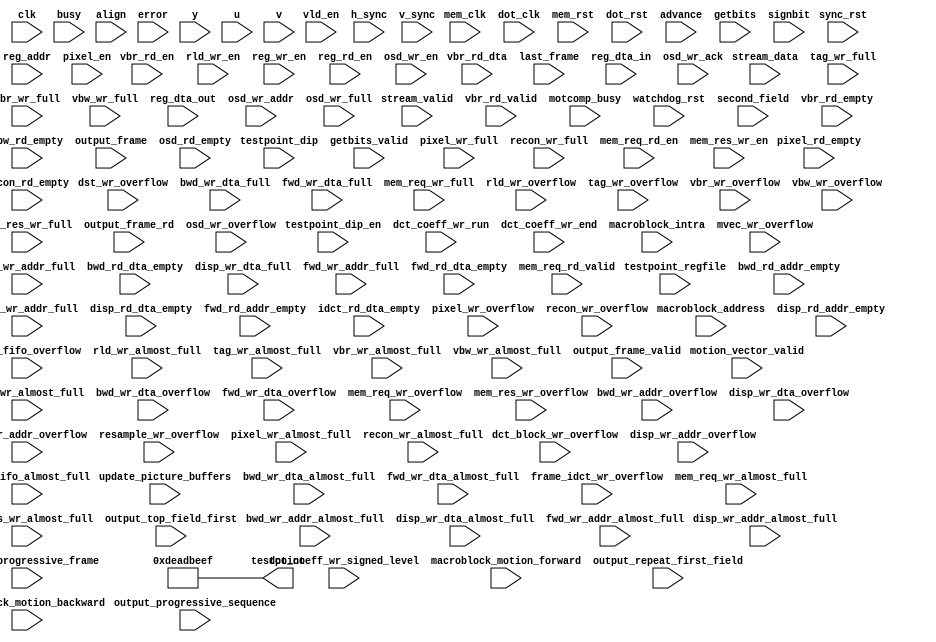
module probe(clk, mem_clk, dot_clk, 
             sync_rst, mem_rst, dot_rst, 
             testpoint_dip, testpoint_dip_en , testpoint_regfile, testpoint,
             stream_data, stream_valid, busy,
             vbr_rd_dta, vbr_rd_en, vbr_rd_valid, advance, align,
             getbits, signbit, getbits_valid,
             dct_coeff_wr_run, dct_coeff_wr_signed_level, dct_coeff_wr_end, rld_wr_en,
             vld_en, motcomp_busy, error, watchdog_rst,
             macroblock_address, macroblock_motion_forward, macroblock_motion_backward, 
	     macroblock_intra, second_field, update_picture_buffers, last_frame, motion_vector_valid,
             /* fifo's @ clk */
	     mvec_wr_almost_full, mvec_wr_overflow, dst_wr_overflow, dct_block_wr_overflow,
             bwd_wr_addr_almost_full, bwd_wr_addr_full, bwd_wr_addr_overflow, bwd_rd_addr_empty, bwd_wr_dta_almost_full, bwd_wr_dta_full, bwd_wr_dta_overflow,
             bwd_rd_dta_empty,
             disp_wr_addr_almost_full, disp_wr_addr_full, disp_wr_addr_overflow, disp_rd_addr_empty, disp_wr_dta_almost_full, disp_wr_dta_full, disp_wr_dta_overflow,
             disp_rd_dta_empty,
             fwd_wr_addr_almost_full, fwd_wr_addr_full, fwd_wr_addr_overflow, fwd_rd_addr_empty, fwd_wr_dta_almost_full, fwd_wr_dta_full, fwd_wr_dta_overflow,
             fwd_rd_dta_empty,
             idct_fifo_almost_full, idct_fifo_overflow, idct_rd_dta_empty, frame_idct_wr_overflow,
             mem_req_wr_almost_full, mem_req_wr_full, mem_req_wr_overflow,
             resample_wr_overflow,
             pixel_wr_almost_full, pixel_wr_full, pixel_wr_overflow, pixel_rd_empty,
             recon_wr_almost_full, recon_wr_full, recon_wr_overflow, recon_rd_empty,
             rld_wr_almost_full, rld_wr_overflow,
             tag_wr_almost_full, tag_wr_full, tag_wr_overflow,
             vbr_wr_almost_full, vbr_wr_full, vbr_wr_overflow, vbr_rd_empty, vbw_wr_almost_full, vbw_wr_full, vbw_wr_overflow,
             vbw_rd_empty,
             /* fifo's @ mem_clk */
             mem_req_rd_en, mem_req_rd_valid,
             mem_res_wr_en, mem_res_wr_almost_full, mem_res_wr_full, mem_res_wr_overflow,
             /* register file */
             reg_addr, reg_wr_en, reg_dta_in, reg_rd_en, reg_dta_out,
             /* output frame */
             output_frame, output_frame_valid, output_frame_rd, 
             output_progressive_sequence, output_progressive_frame, output_top_field_first, output_repeat_first_field,
	     /* osd writes */
	     osd_wr_en, osd_wr_ack, osd_wr_addr, osd_wr_full, osd_wr_overflow, osd_rd_empty,
             /* video out */
             y, u, v, pixel_en, h_sync, v_sync
	     );

  input            clk;                     // clock. Typically a multiple of 27 Mhz as MPEG2 timestamps have a 27 Mhz resolution.
  input            mem_clk;                 // memory clock. Typically 133-166 MHz.
  input            dot_clk;                 // video clock. Typically between 25 and 75 Mhz, depending upon MPEG2 resolution and frame rate.

  /* reset signals */
  input            sync_rst;                // reset, synchronized to clk
  input            mem_rst;                 // reset, synchronized to mem_clk
  input            dot_rst;                 // reset, synchronized to dot_clk

  /* logical analyzer test point */
  output     [33:0]testpoint;               // to logic analyzer probe
  input       [3:0]testpoint_regfile;       // from register file; test point select.
  input       [3:0]testpoint_dip;           // from from on-board dipswitches
  input            testpoint_dip_en;        // from from on-board dipswitches. If high, testpoint_dip overrides testpoint_regfile

  /* MPEG stream input */
  input       [7:0]stream_data;              // packetized elementary stream input
  input            stream_valid;             // stream_data valid
  input            busy;                     // input fifo almost full

  /* vbr fifo - getbits fifo interface */
  input      [63:0]vbr_rd_dta;
  input            vbr_rd_en;
  input            vbr_rd_valid;

  /* getbits_fifo - vld interface */
  input       [4:0]advance;                  // number of bits to advance the bitstream (advance <= 24)   
  input            align;                    // byte-align getbits and move forward one byte.
  input      [23:0]getbits;                  // elementary stream data. 
  input            signbit;                  // sign bit, used when decoding dct variable length codes.
  input            getbits_valid;            // getbits_valid is asserted when getbits is valid.

  /* vld */
  input            vld_en;
  input            error;
  input            motcomp_busy;

  /* watchdog */
  input            watchdog_rst;             // watchdog-generated reset signal. normally high; low during one clock cycle when watchdog timer expires.

  /* rld - vld interface */
  input       [5:0]dct_coeff_wr_run;         // dct coefficient runlength, from vlc decoding
  input      [11:0]dct_coeff_wr_signed_level;// dct coefficient level, 2's complement format, from vlc decoding
  input            dct_coeff_wr_end;         // asserted at end of block 
  input            rld_wr_en;                // asserted when dct_coeff_wr_run, dct_coeff_wr_signed_level and dct_coeff_wr_end are valid

  /* motion compensation */
  input      [12:0]macroblock_address;
  input            macroblock_motion_forward;
  input            macroblock_motion_backward;
  input            macroblock_intra;
  input            second_field;
  input            update_picture_buffers;
  input            last_frame;
  input            motion_vector_valid;

  /* fifo status indicators @ clk */
  input            bwd_wr_addr_almost_full;
  input            bwd_wr_addr_full;
  input            bwd_wr_addr_overflow;
  input            bwd_rd_addr_empty;
  input            bwd_wr_dta_almost_full;
  input            bwd_wr_dta_full;
  input            bwd_wr_dta_overflow;
  input            bwd_rd_dta_empty;
  input            disp_wr_addr_almost_full;
  input            disp_wr_addr_full;
  input            disp_wr_addr_overflow;
  input            disp_rd_addr_empty;
  input            disp_wr_dta_almost_full;
  input            disp_wr_dta_full;
  input            disp_wr_dta_overflow;
  input            disp_rd_dta_empty;
  input            fwd_wr_addr_almost_full;
  input            fwd_wr_addr_full;
  input            fwd_wr_addr_overflow;
  input            fwd_rd_addr_empty;
  input            fwd_wr_dta_almost_full;
  input            fwd_wr_dta_full;
  input            fwd_wr_dta_overflow;
  input            fwd_rd_dta_empty;
  input            idct_fifo_almost_full;
  input            idct_fifo_overflow;
  input            idct_rd_dta_empty;
  input            mvec_wr_almost_full;
  input            mvec_wr_overflow;
  input            dst_wr_overflow;
  input            dct_block_wr_overflow;
  input            frame_idct_wr_overflow;
  input            mem_req_wr_almost_full;
  input            mem_req_wr_full;
  input            mem_req_wr_overflow;
  input            osd_wr_full;
  input            osd_wr_overflow;
  input            osd_rd_empty;
  input            resample_wr_overflow;
  input            pixel_wr_almost_full;
  input            pixel_wr_full;
  input            pixel_wr_overflow;
  input            pixel_rd_empty;
  input            recon_wr_almost_full;
  input            recon_wr_full;
  input            recon_wr_overflow;
  input            recon_rd_empty;
  input            rld_wr_almost_full;
  input            rld_wr_overflow;
  input            tag_wr_almost_full;
  input            tag_wr_full;
  input            tag_wr_overflow;
  input            vbr_wr_almost_full;
  input            vbr_wr_full;
  input            vbr_wr_overflow;
  input            vbr_rd_empty;
  input            vbw_wr_almost_full;
  input            vbw_wr_full;
  input            vbw_wr_overflow;
  input            vbw_rd_empty;
  /* fifo status indicators @ mem_clk */
  input            mem_req_rd_en;
  input            mem_req_rd_valid;
  input            mem_res_wr_en;
  input            mem_res_wr_almost_full;
  input            mem_res_wr_full;
  input            mem_res_wr_overflow;
  /* regfile */
  input       [3:0]reg_addr;
  input      [31:0]reg_dta_in;
  input            reg_wr_en;
  input      [31:0]reg_dta_out;
  input            reg_rd_en;
  /* output frame */
  input       [2:0]output_frame;
  input            output_frame_valid;
  input            output_frame_rd;
  input            output_progressive_sequence;
  input            output_progressive_frame;
  input            output_top_field_first;
  input            output_repeat_first_field;

  /* osd writes */
  input            osd_wr_en;
  input            osd_wr_ack;
  input      [21:0]osd_wr_addr;

  /* yuv video */
  input       [7:0]y;                       // luminance 
  input       [7:0]u;                       // chrominance
  input       [7:0]v;                       // chrominance
  input            pixel_en;                // pixel enable - asserted if r, g and b valid.
  input            h_sync;                  // horizontal synchronisation
  input            v_sync;                  // vertical synchronisation

  /* 
   * any clocks have to be bits 32 or 33 of testpoint, because that's where my la expects them.
   */

`ifdef PROBE
  reg   [3:0]testpoint_sel;
  reg  [32:0]testpoint_0_f;
  reg  [32:0]testpoint_0_7;
  reg  [32:0]testpoint_8_f;

  reg  [32:0]testpoint_0;
  reg  [32:0]testpoint_1;
  reg  [32:0]testpoint_2;
  reg  [32:0]testpoint_3;
  reg  [32:0]testpoint_4;
  reg  [32:0]testpoint_5;
  reg  [32:0]testpoint_6;
  reg  [32:0]testpoint_7;
  reg  [32:0]testpoint_8;
  reg  [32:0]testpoint_9;
  reg  [32:0]testpoint_a;
  reg  [32:0]testpoint_b;
  reg  [32:0]testpoint_c;
  reg  [32:0]testpoint_d;
  reg  [32:0]testpoint_e;
  reg  [32:0]testpoint_f;

  /*
   * testpoint_dip_en and testpoint_dip are dip switches. 
   * If testpoint_dip_en is high, testpoint output is hardware selectable using testpoint_dip dip switches.
   * If testpoint_dip_en is low,  testpoint output is software selectable using regfile register 15. 
   * Software can read testpoint output as well, using regfile register 15.
   */

  always @(posedge clk)
    testpoint_sel <= testpoint_dip_en ? testpoint_dip : testpoint_regfile;

  assign testpoint = {clk, testpoint_0_f};

  always @(posedge clk)
    case (testpoint_sel[2:0])
      3'h0:     testpoint_0_7 <= {testpoint_0[0], testpoint_0[32:1]};
      3'h1:     testpoint_0_7 <= {testpoint_1[0], testpoint_1[32:1]};
      3'h2:     testpoint_0_7 <= {testpoint_2[0], testpoint_2[32:1]};
      3'h3:     testpoint_0_7 <= {testpoint_3[0], testpoint_3[32:1]};
      3'h4:     testpoint_0_7 <= {testpoint_4[0], testpoint_4[32:1]};
      3'h5:     testpoint_0_7 <= {testpoint_5[0], testpoint_5[32:1]};
      3'h6:     testpoint_0_7 <= {testpoint_6[0], testpoint_6[32:1]};
      3'h7:     testpoint_0_7 <= {testpoint_7[0], testpoint_7[32:1]};
      default   testpoint_0_7 <= {32'hdeadbeef};
    endcase

  always @(posedge clk)
    case (testpoint_sel[2:0])
      3'h0:     testpoint_8_f <= {testpoint_8[0], testpoint_8[32:1]};
      3'h1:     testpoint_8_f <= {testpoint_9[0], testpoint_9[32:1]};
      3'h2:     testpoint_8_f <= {testpoint_b[0], testpoint_b[32:1]};
      3'h4:     testpoint_8_f <= {testpoint_c[0], testpoint_c[32:1]};
      3'h5:     testpoint_8_f <= {testpoint_d[0], testpoint_d[32:1]};
      3'h6:     testpoint_8_f <= {testpoint_e[0], testpoint_e[32:1]};
      default   testpoint_8_f <= {32'hdeadbeef};
    endcase

  always @(posedge clk)
    if (testpoint_sel[3]) testpoint_0_f <= testpoint_8_f;
    else testpoint_0_f <= testpoint_0_7;

  /* testpoint 0: incoming video */
  always @(posedge clk)
    if (~sync_rst) testpoint_0 <= 33'b0;
    else testpoint_0 <= {vbr_rd_dta[63:48], stream_data, 3'b0, watchdog_rst, busy, vbr_rd_en, vbr_rd_valid, stream_valid, sync_rst};

  /* testpoint 1: video buffer output  */
  always @(posedge clk)
    if (~sync_rst) testpoint_1 <= 33'b0;
    else testpoint_1 <= {vbr_rd_dta[63:32], vbr_rd_valid};

  /* testpoint 2: video buffer output  */
  always @(posedge clk)
    if (~sync_rst) testpoint_2 <= 33'b0;
    else testpoint_2 <= {vbr_rd_dta[31:0], vbr_rd_valid};

  /* testpoint 3: getbits */
  always @(posedge clk)
    if (~sync_rst) testpoint_3 <= 33'b0;
    else testpoint_3 <= {advance, align, getbits, signbit, getbits_valid, sync_rst};

  /* testpoint 4: vld */
  always @(posedge clk)
    if (~sync_rst) testpoint_4 <= 33'b0;
    else testpoint_4 <= {dct_coeff_wr_run, dct_coeff_wr_signed_level, dct_coeff_wr_end, 
                         vld_en, getbits_valid, rld_wr_almost_full, motcomp_busy, rld_wr_en};

  /* testpoint 5,6 and 7: regfile */
  always @(posedge clk)
    if (~sync_rst) testpoint_5 <= 33'b0;
    else testpoint_5 <= {reg_dta_out[7:0], reg_dta_in[7:0], 2'b0, reg_wr_en, reg_rd_en, reg_addr, sync_rst};

  always @(posedge clk)
    if (~sync_rst) testpoint_6 <= 33'b0;
    else testpoint_6 <= {reg_dta_in, reg_wr_en};

  always @(posedge clk)
    if (~sync_rst) testpoint_7 <= 33'b0;
    else testpoint_7 <= {reg_dta_out, reg_rd_en};

  /* testpoint 8 and 9: fifo status @ clk */ 
  always @(posedge clk)
    if (~sync_rst) testpoint_8 <= 33'b0;
    else testpoint_8 <= {bwd_wr_addr_almost_full, bwd_wr_addr_full, bwd_wr_addr_overflow, bwd_rd_addr_empty,
                         bwd_wr_dta_almost_full, bwd_wr_dta_full, bwd_wr_dta_overflow, bwd_rd_dta_empty,
                         disp_wr_addr_almost_full, disp_wr_addr_full, disp_wr_addr_overflow, disp_rd_addr_empty,
                         disp_wr_dta_almost_full, disp_wr_dta_full, disp_wr_dta_overflow, disp_rd_dta_empty,
                         fwd_wr_addr_almost_full, fwd_wr_addr_full, fwd_wr_addr_overflow, fwd_rd_addr_empty,
                         fwd_wr_dta_almost_full, fwd_wr_dta_full, fwd_wr_dta_overflow, fwd_rd_dta_empty,
                         recon_wr_almost_full, recon_wr_full, recon_wr_overflow, recon_rd_empty,
                         sync_rst};

  always @(posedge clk)
    if (~sync_rst) testpoint_9 <= 33'b0;
    else testpoint_9 <= {mvec_wr_almost_full, mvec_wr_overflow, 
                         dst_wr_overflow, resample_wr_overflow, dct_block_wr_overflow, 
                         idct_fifo_almost_full, idct_fifo_overflow, idct_rd_dta_empty, frame_idct_wr_overflow,
                         mem_req_wr_almost_full, mem_req_wr_full, mem_req_wr_overflow,
                         osd_wr_full, osd_wr_overflow, osd_rd_empty,
                         pixel_wr_almost_full, pixel_wr_full, pixel_wr_overflow, 
                         rld_wr_almost_full, rld_wr_overflow,
                         tag_wr_almost_full, tag_wr_full, tag_wr_overflow,
                         vbr_wr_almost_full, vbr_wr_full, vbr_wr_overflow, vbr_rd_empty,
                         vbw_wr_almost_full, vbw_wr_full, vbw_wr_overflow, vbw_rd_empty,
                         sync_rst};

  /* testpoint a: free */ 

  /* testpoint b: motion comp */
  always @(posedge clk)
    if (~sync_rst) testpoint_b <= 33'b0;
    else testpoint_b <= {macroblock_address, 2'b0, macroblock_motion_forward, macroblock_motion_backward, 
  	                 macroblock_intra, second_field, update_picture_buffers, last_frame, motion_vector_valid};

  /* testpoint c: osd writes; useful to check pixel coordinates to memory address translation */
  always @(posedge clk)
    if (~sync_rst) testpoint_c <= 33'b0;
    else testpoint_c <= {osd_wr_overflow, osd_wr_full, osd_wr_en, osd_wr_ack, osd_wr_addr, sync_rst};

  /* testpoint d: output frame */
  always @(posedge clk)
    if (~sync_rst) testpoint_d <= 33'b0;
    else testpoint_d <= {motcomp_busy, output_frame, output_frame_valid, output_frame_rd, 
                         output_progressive_sequence, output_progressive_frame, output_top_field_first, output_repeat_first_field, sync_rst};

  /* testpoint e: free */
  always @(posedge clk)
    if (~sync_rst) testpoint_e <= 33'b0;
    else testpoint_e <= {32'hdeadbeef, sync_rst};

  /* testpoint f: free */
`endif	

`ifndef PROBE
`ifndef PROBE_VIDEO
`ifdef PROBE_MEMORY
  /* testpoint: fifo status @ mem_clk */ 

  reg  [32:0]testpoint_mem;

  assign testpoint = {mem_clk, testpoint_mem[0], testpoint_mem[32:1]};

  always @(posedge clk)
    if (~sync_rst) testpoint_mem <= 33'b0;
    else testpoint_mem <= {mem_req_rd_en, mem_req_rd_valid,
        	           mem_res_wr_en, mem_res_wr_almost_full, mem_res_wr_full, mem_res_wr_overflow,
                           mem_rst}; 

`endif	
`endif	
`endif	

`ifndef PROBE
`ifdef PROBE_VIDEO
`ifndef PROBE_MEMORY
	      
  /* testpoint: video output @ dot_clk */ 

  reg  [32:0]testpoint_video;

  assign testpoint = {dot_clk, testpoint_video[0], testpoint_video[32:1]};

  always @(posedge clk)
    if (~sync_rst) testpoint_video <= 33'b0;
    else testpoint_video <= {pixel_rd_empty, pixel_en, h_sync, v_sync, v, u, y, dot_rst};

`endif	
`endif	
`endif	

`ifndef PROBE
`ifndef PROBE_VIDEO
`ifndef PROBE_MEMORY
  assign testpoint = 34'hdeadbeef;
`endif	
`endif	
`endif	

endmodule